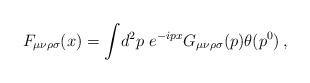
LaTeX: \begin{align*}F_{\mu\nu\rho\sigma}(x) = \int\!d^{2}p\ e^{-ipx}G_{\mu\nu\rho\sigma}(p)\theta(p^{0}) \, ,\end{align*}